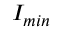
I _ { m i n }